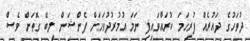
ދުވަހުގެ ދައުރެއް ފުރިހަމަ ކުރައްވައިފި ނަމަ އުމުރުދުވަހަށް ޕެންޝަން ލިބޭ ގޮތަށް ވެސް